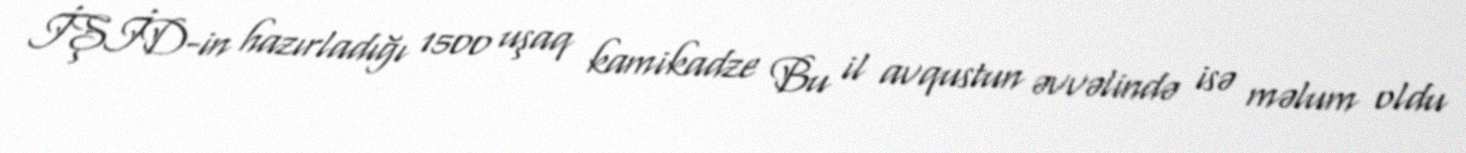
İŞİD-in hazırladığı 1500 uşaq kamikadze Bu il avqustun əvvəlində isə məlum oldu